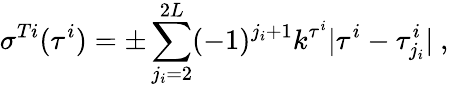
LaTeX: \sigma^{Ti}(\tau^{i})=\pm\sum_{j_{i}=2}^{2L}(-1)^{j_{i}+1}k^{\tau^{i}}|\tau^{i}-\tau_{j_{i}}^{i}|~,~\,